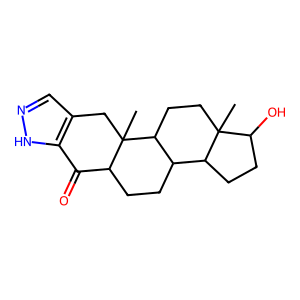
SMILES: CC12CCC3C(CCC4C(=O)c5[nH]ncc5CC43C)C1CCC2O
Inhibits HIV replication: No